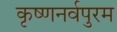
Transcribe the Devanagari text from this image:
कृष्णनर्वपुरम